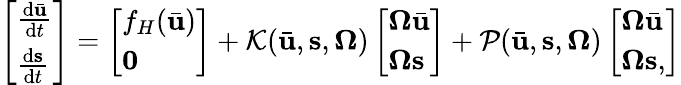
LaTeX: \left[\begin{array}{l}{\frac{\mathrm{d}\bar{\mathbf{u}}}{\mathrm{d}t}}\\ {\frac{\mathrm{d}\mathbf{s}}{\mathrm{d}t}}\end{array}\right]=\left[\begin{array}{l}{f_{H}(\bar{\mathbf{u}})}\\ {\mathbf{0}}\end{array}\right]+\mathcal{K}(\bar{\mathbf{u}},\mathbf{s},\mathbf{\Omega})\left[\begin{array}{l}{\boldsymbol{\Omega}\bar{\mathbf{u}}}\\ {\boldsymbol{\Omega}\mathbf{s}}\end{array}\right]+\mathcal{P}(\bar{\mathbf{u}},\mathbf{s},\mathbf{\Omega})\left[\begin{array}{l}{\boldsymbol{\Omega}\bar{\mathbf{u}}}\\ {\boldsymbol{\Omega}\mathbf{s},}\end{array}\right]